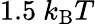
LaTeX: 1.5\ k_{\mathrm{B}}T